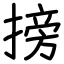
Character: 搒